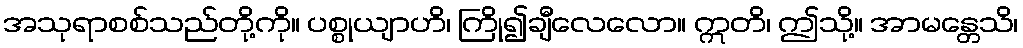
အသုရာစစ်သည်တို့ကို။ ပစ္စုယျာဟိ၊ ကြို၍ချီလေလော။ ဣတိ၊ ဤသို့။ အာမန္တေသိ၊